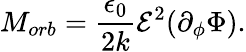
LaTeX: M_{orb}=\frac{\epsilon_{0}}{2k}\mathcal{E}^{2}(\partial_{\phi}\Phi).